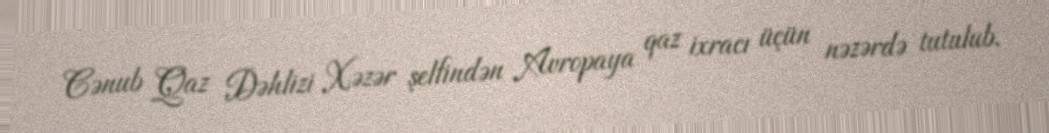
Cənub Qaz Dəhlizi Xəzər şelfindən Avropaya qaz ixracı üçün nəzərdə tutulub.